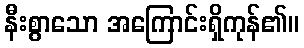
နီးစွာသော အကြောင်းရှိကုန်၏။